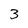
Character: 3